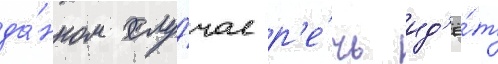
да́нном слу́чае р'е́чь ид'ё́т